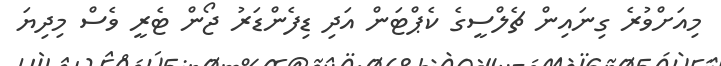
މިއަށްވުރެ ގިނައިން ޗެލްސީގެ ކެޕްޓަން އަދި ޑިފެންޑަރު ޖޯން ޓެރީ ވެސް މިދިޔަ